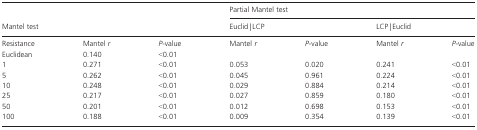
<table><thead><tr><td></td><td></td><td></td><td colspan="4"><b>Partial Mantel test</b></td></tr><tr><td colspan="3"><b>Mantel test</b></td><td colspan="2"><b>Euclid | LCP</b></td><td colspan="2"><b>LCP | Euclid</b></td></tr></thead><tbody><tr><td>Resistance</td><td>Mantel <i>r</i></td><td><i>P</i>-value</td><td>Mantel <i>r</i></td><td><i>P</i>-value</td><td>Mantel <i>r</i></td><td><i>P</i>-value</td></tr><tr><td>Euclidean</td><td>0.140</td><td>&lt;0.01</td><td></td><td></td><td></td><td></td></tr><tr><td>1</td><td>0.271</td><td>&lt;0.01</td><td>0.053</td><td>0.020</td><td>0.241</td><td>&lt;0.01</td></tr><tr><td>5</td><td>0.262</td><td>&lt;0.01</td><td>0.045</td><td>0.961</td><td>0.224</td><td>&lt;0.01</td></tr><tr><td>10</td><td>0.248</td><td>&lt;0.01</td><td>0.029</td><td>0.884</td><td>0.214</td><td>&lt;0.01</td></tr><tr><td>25</td><td>0.217</td><td>&lt;0.01</td><td>0.027</td><td>0.859</td><td>0.180</td><td>&lt;0.01</td></tr><tr><td>50</td><td>0.201</td><td>&lt;0.01</td><td>0.012</td><td>0.698</td><td>0.153</td><td>&lt;0.01</td></tr><tr><td>100</td><td>0.188</td><td>&lt;0.01</td><td>0.009</td><td>0.354</td><td>0.139</td><td>&lt;0.01</td></tr></tbody></table>